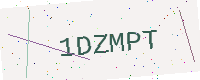
Text: 1DZMPT